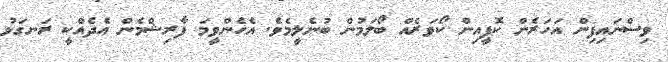
ވިސްނައިފިން އަހަރެން ކޮފީއިން ކޯވަރެއް ބޯލަމުން ބުނެލީމެވެ. އެހެންވީމަ ފާރިޝްމެން އެދެއްކީ ރަނގަޅު